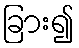
ခြား၍